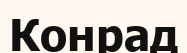
Конрад